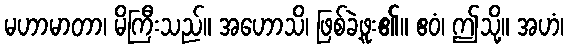
မဟာမာတာ၊ မိကြီးသည်။ အဟောသိ၊ ဖြစ်ခဲ့ဖူး၏။ ဧဝံ၊ ဤသို့။ အဟံ၊